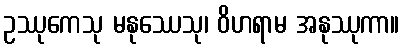
ဥဿုကေသု မနုဿေသု၊ ဝိဟရာမ အနုဿုကာ။